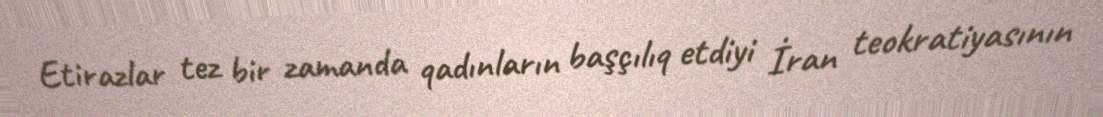
Etirazlar tez bir zamanda qadınların başçılıq etdiyi İran teokratiyasının